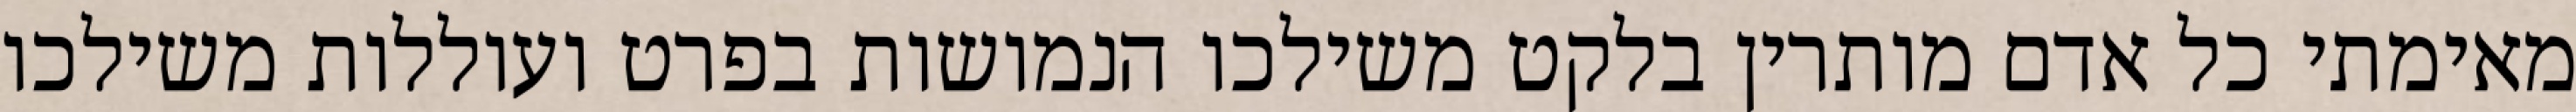
מאימתי כל אדם מותרין בלקט משילכו הנמושות בפרט ועוללות משילכו